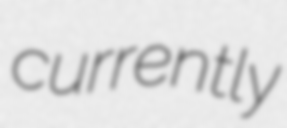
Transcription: currently